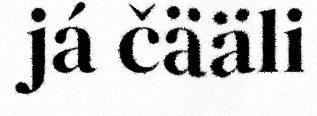
já čääli